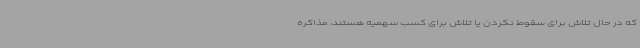
که در حال تلاش برای سقوط نکردن یا تلاش برای کسب سهمیه هستند، مذاکره